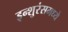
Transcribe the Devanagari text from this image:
इन्शुरंसमध्ये